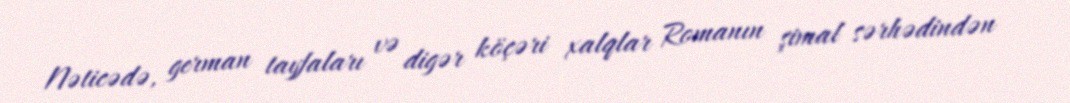
Nəticədə, german tayfaları və digər köçəri xalqlar Romanın şimal sərhədindən